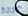
جورو